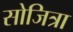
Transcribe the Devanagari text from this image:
सोजित्रा